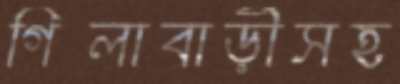
গিলাবাড়ীসহ